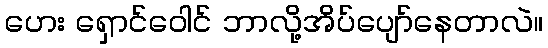
ဟေး ရှောင်ဝေါင် ဘာလို့အိပ်ပျော်နေတာလဲ။